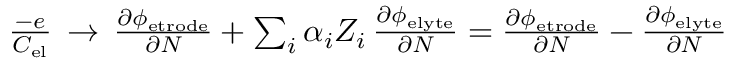
\begin{array} { r } { \frac { - e } { C _ { \mathrm { e l } } } \, \rightarrow \, \frac { \partial \phi _ { \mathrm { e t r o d e } } } { \partial N } + \sum _ { i } \alpha _ { i } Z _ { i } \, \frac { \partial \phi _ { \mathrm { e l y t e } } } { \partial N } = \frac { \partial \phi _ { \mathrm { e t r o d e } } } { \partial N } - \frac { \partial \phi _ { \mathrm { e l y t e } } } { \partial N } } \end{array}